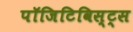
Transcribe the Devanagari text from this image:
पॉजिटिविस्ट्स